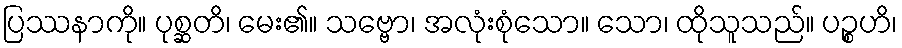
ပြဿနာကို။ ပုစ္ဆတိ၊ မေး၏။ သဗ္ဗော၊ အလုံးစုံသော။ သော၊ ထိုသူသည်။ ပဉ္စဟိ၊